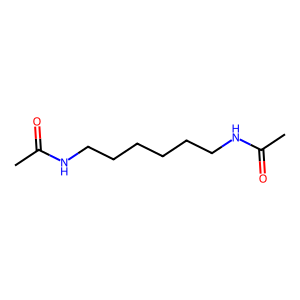
SMILES: CC(=O)NCCCCCCNC(C)=O
Inhibits HIV replication: No